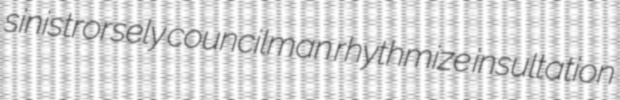
sinistrorsely councilman rhythmize insultation